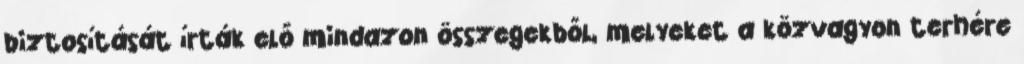
biztosítását írták elő mindazon összegekből, melyeket a közvagyon terhére